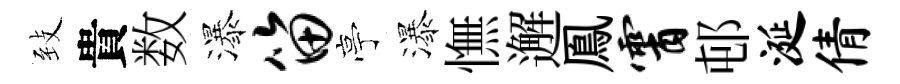
𦤺貴数瀑笛亭瀑憮邂鳯霄邨涎倩